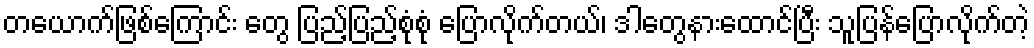
တယောက်ဖြစ်ကြောင်း တွေ ပြည့်ပြည့်စုံစုံ ပြောလိုက်တယ်၊ ဒါတွေနားထောင်ပြီး သူပြန်ပြောလိုက်တဲ့